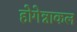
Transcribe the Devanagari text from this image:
होगेन्नाकल